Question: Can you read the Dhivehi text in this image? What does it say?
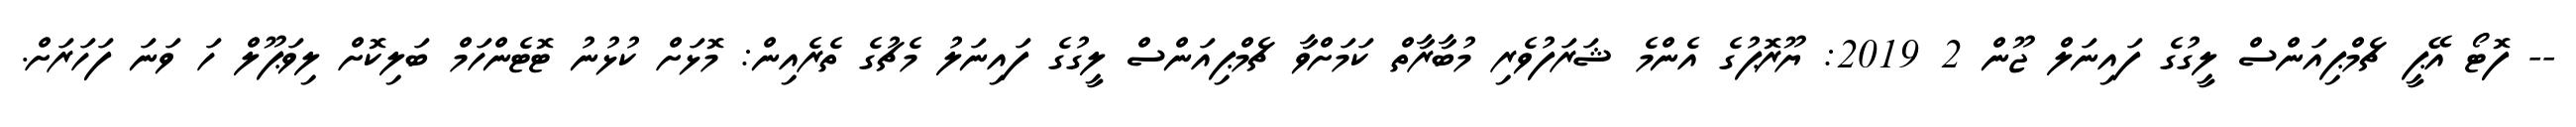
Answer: -- ފޮޓޯ އޭޕީ ޗެމްޕިއަންސް ލީގުގެ ފައިނަލް ޖޫން 2 2019: ޔޫރޮޕުގެ އެންމެ ޝަރަފުވެރި މުބާރާތް ކަމަށްވާ ޗެމްޕިއަންސް ލީގުގެ ފައިނަލު މެޗުގެ ތެރެއިން: މޮޅަށް ކުޅުނު ޓޮޓެންހަމް ބަލިކޮށް ލިވަޕޫލް ހަ ވަނަ ފަހަރަށް.